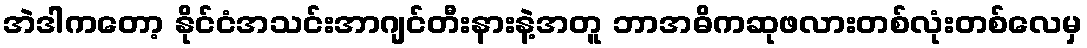
အဲဒါကတော့ နိုင်ငံအသင်းအာဂျင်တီးနားနဲ့အတူ ဘာအဓိကဆုဖလားတစ်လုံးတစ်လေမှ